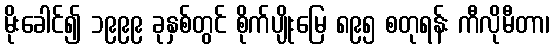
မိုးခေါင်၍ ၁၉၉၉ ခုနှစ်တွင် စိုက်ပျိုးမြေ ၈၉၅ စတုရန်း ကီလိုမီတာ၊